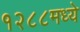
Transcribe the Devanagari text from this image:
१२८८मध्ये